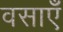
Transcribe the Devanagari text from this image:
वसाएँ